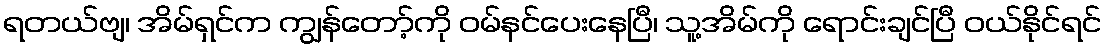
ရတယ်ဗျ၊ အိမ်ရှင်က ကျွန်တော့်ကို ဝမ်နင်ပေးနေပြီ၊ သူ့အိမ်ကို ရောင်းချင်ပြီ ဝယ်နိုင်ရင်